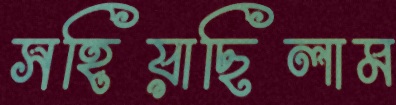
সহিয়াছিলাম